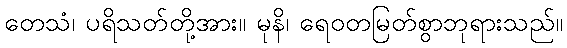
တေသံ၊ ပရိသတ်တို့အား။ မုနိ၊ ရေဝတမြတ်စွာဘုရားသည်။